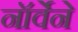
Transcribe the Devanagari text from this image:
नॉर्वेने